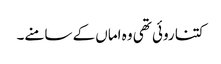
کتنا روئی تھی وہ اماں کے سامنے۔